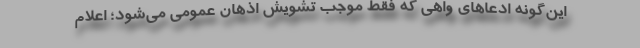
این‌گونه ادعاهای واهی که فقط موجب تشویش اذهان عمومی می‌شود؛ اعلام